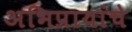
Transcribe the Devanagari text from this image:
अभिप्रायांचे